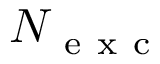
N _ { \mathrm { ~ e ~ x ~ c ~ } }